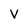
Character: V